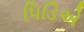
પિડિએ